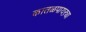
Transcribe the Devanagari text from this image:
कातळपायऱ्या